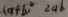
( a + b ) ^ { 2 } 2 a b